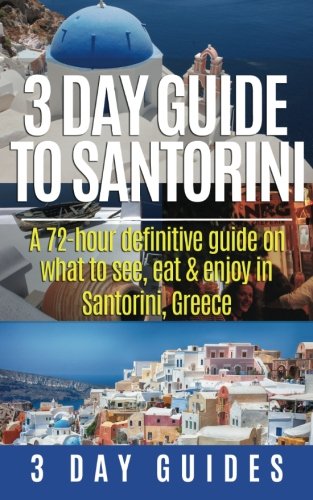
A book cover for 3 Day Guide to Santorini, A 72-Hour Definitive Guide On What to See, Eat & Enjoy (3 Day Travel Guides) (Volume 4); 3 Day Guides; Travel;